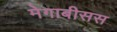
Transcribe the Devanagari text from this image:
मेगाबीसस